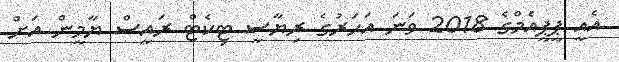
އެއީ ޕީޕީއެމްގެ 2018 ވަނަ އަހަރުގެ ރިޔާސީ ޓިކެޓް ރައީސް ޔާމީން އަށް